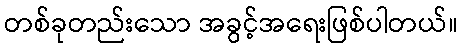
တစ်ခုတည်းသော အခွင့်အရေးဖြစ်ပါတယ်။